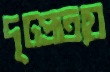
দৃঢ়প্রত্যয়